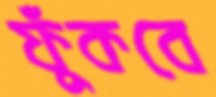
ফুঁকবে